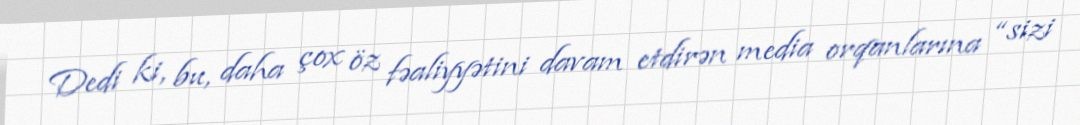
Dedi ki, bu, daha çox öz fəaliyyətini davam etdirən media orqanlarına “sizi